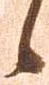
候